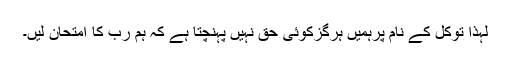
لہذا توکل کے نام پرہمیں ہرگزکوئی حق نہیں پہنچتا ہے کہ ہم رب کا امتحان لیں۔